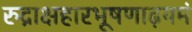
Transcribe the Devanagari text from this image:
रुद्राक्षहारभूषणाढ़यमं